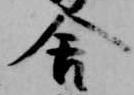
舎